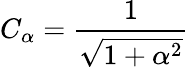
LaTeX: C_{\alpha}=\frac{1}{\sqrt{1+\alpha^{2}}}